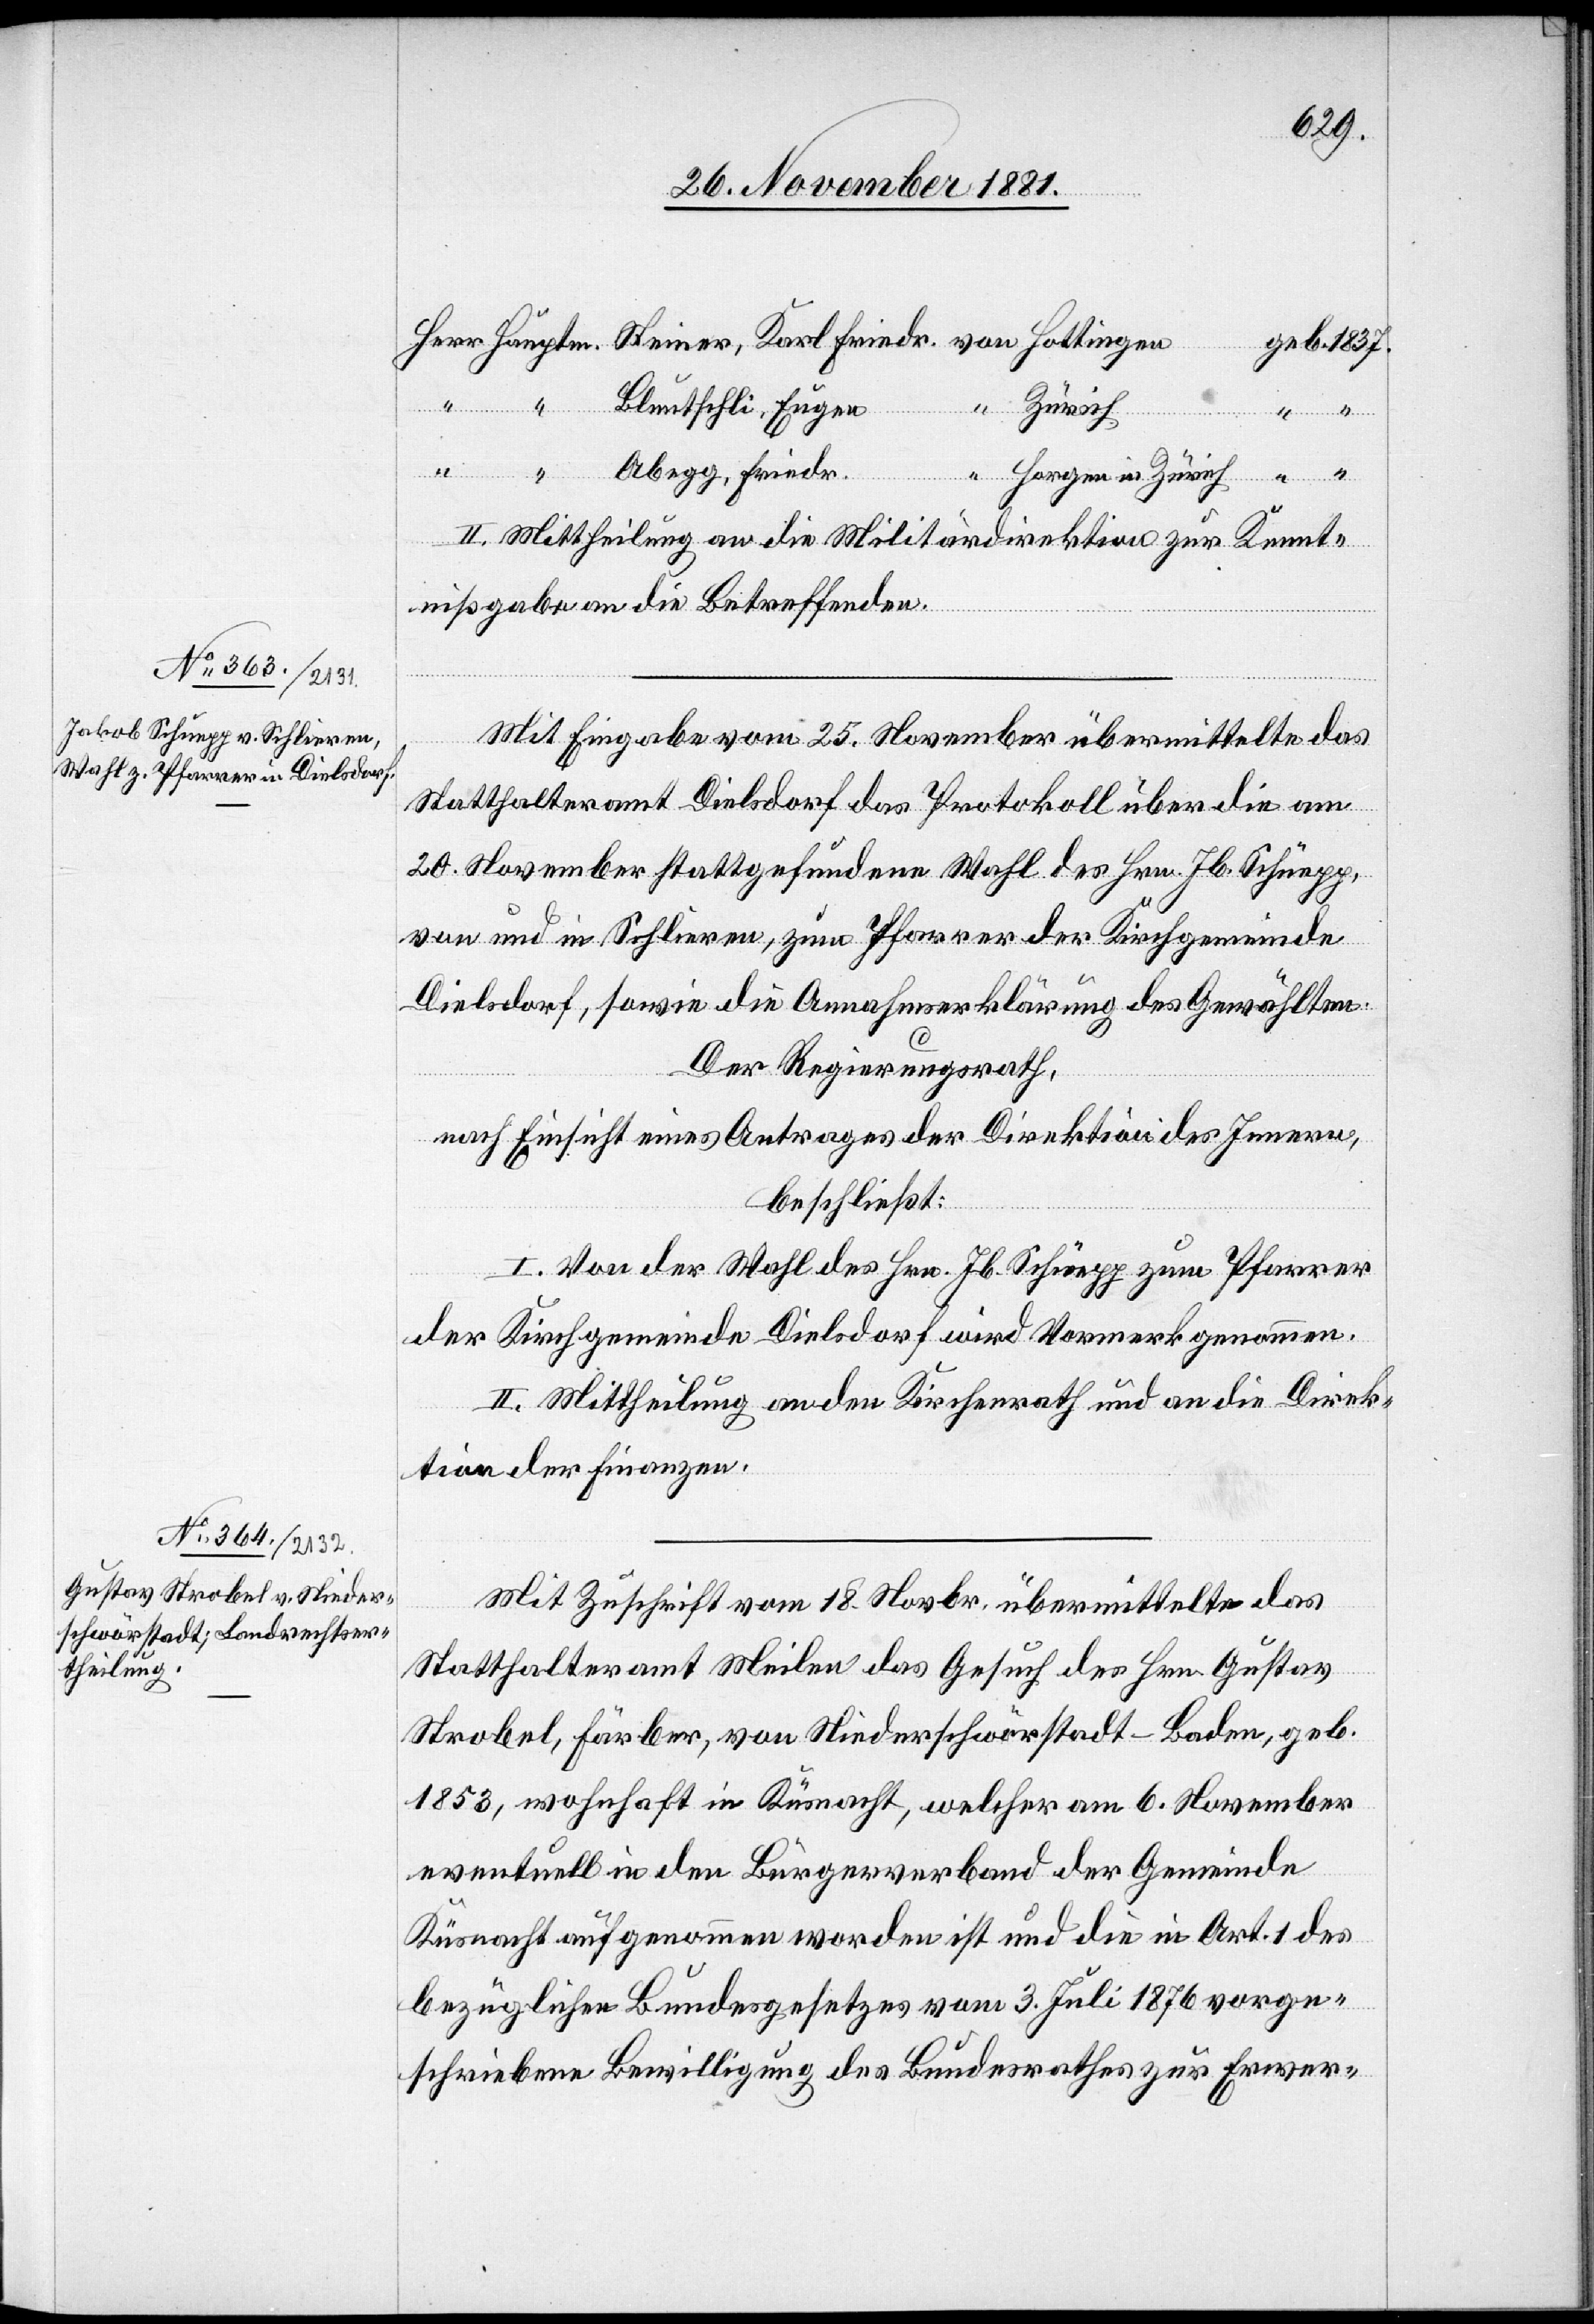
1837.
Bluntschli, Eugen
Abegg, Friedr.
Horgen in Zürich
“
II. Mittheilung an die Militärdirektion zur Kennt¬
nißgabe an die Betreffenden.
Mit Eingabe vom 25. November übermittelte das
Statthalteramt Dielsdorf das Protokoll über die am
20. November stattgefundene Wahl des Hrn. Jb. Schüepp,
von und in Schlieren, zum Pfarrer der Kirchgemeinde
Dielsdorf, sowie die Annahmserklärung des Gewählten.
Der Regierungsrath,
nach Einsicht eines Antrages der Direktion des Innern,
beschließt:
I. Von der Wahl des Hrn. Jb. Schüepp zum Pfarrer
der Kirchgemeinde Dielsdorf wird Vormerk genommen.
II. Mittheilung an den Kirchenrath und an die Direk¬
tion der Finanzen.
Mit Zuschrift vom 18. Novbr. übermittelte das
Statthalteramt Weilen das Gesuch des Hrn. Gustav
Strobel, Färber, von Niederschwärstadt - Baden, geb.
1853, wohnhaft in Küsnacht, welcher am 6. November
eventuell in den Bürgerverband der Gemeinde
Küsnacht aufgenommen worden ist und die in Art. 1 des
bezüglichen Bundesgesetzes vom 3. Juli 1876 vorge¬
schriebene Bewilligung des Bundesrathes zur Erwer-